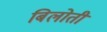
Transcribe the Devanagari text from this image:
बिलोती